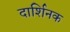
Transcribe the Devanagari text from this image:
दार्शिनक